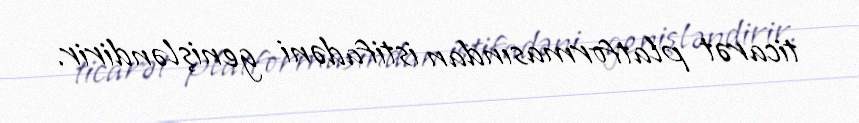
ticarət platformasından istifadəni genişləndirir.